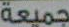
جميعة